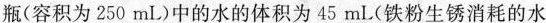
瓶(容积为250mL)中的水的体积为45mL(铁粉生锈消耗的水